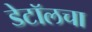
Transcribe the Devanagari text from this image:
डेटॉलचा